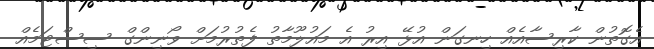
އެގޮތުން ކާރިސާއެއް ހިނގަން އުޅޭ އިރު އެ މައުލޫމާތު ފެތުރުމަށް ވޯނިންގް ސިސްޓަމެއް